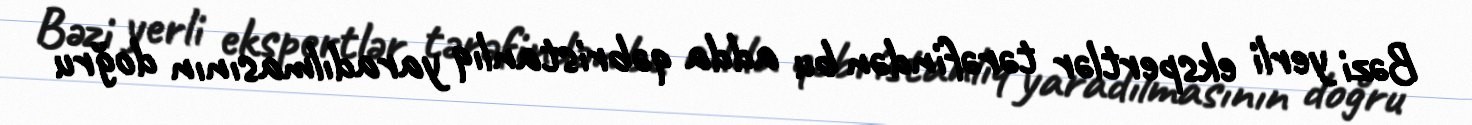
Bəzi yerli ekspertlər tərəfindən bu adda qəbristanlıq yaradılmasının doğru